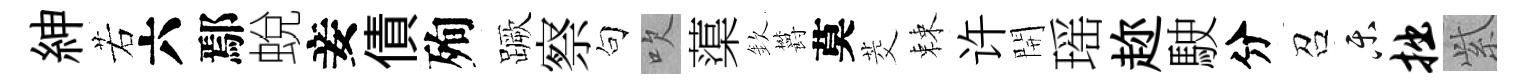
紳若六鄢蛻妾債殉蹶察句吹蕖欽欝莫茭棘许開瑶趂駛分召乐拙𬗋